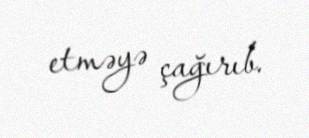
etməyə çağırıb.